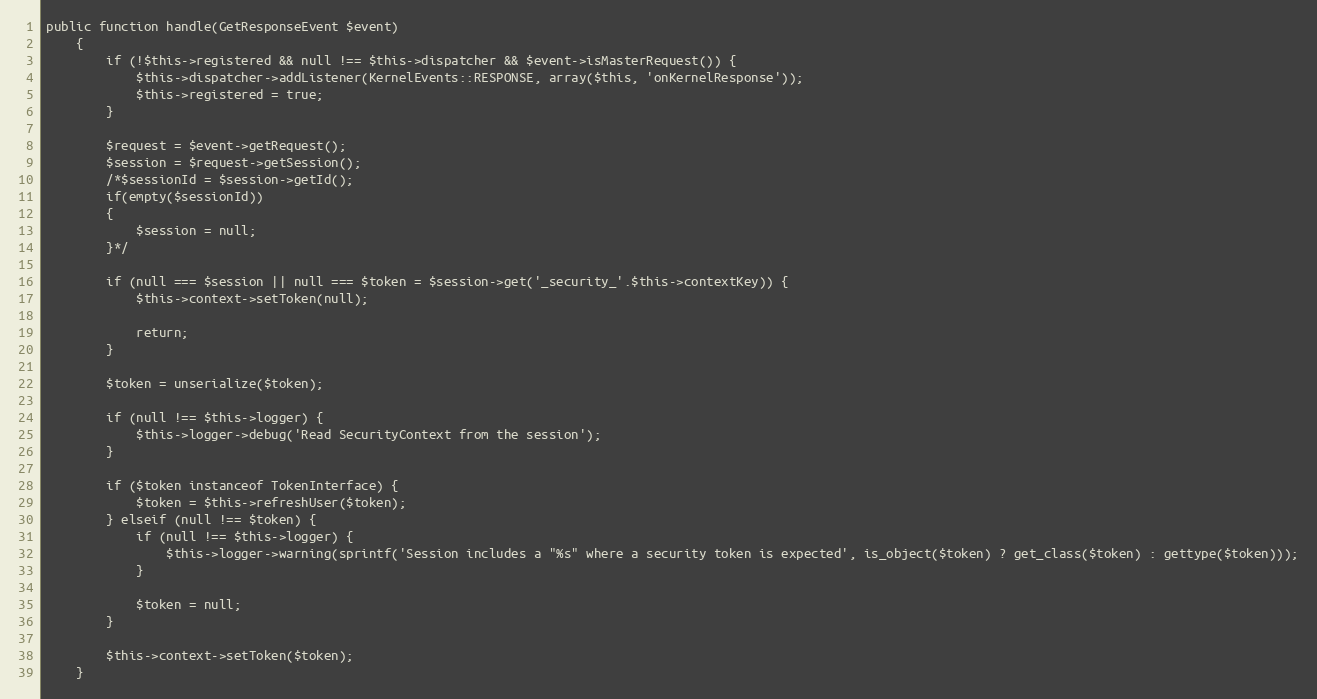
Language: PHP
public function handle(GetResponseEvent $event)
    {
        if (!$this->registered && null !== $this->dispatcher && $event->isMasterRequest()) {
            $this->dispatcher->addListener(KernelEvents::RESPONSE, array($this, 'onKernelResponse'));
            $this->registered = true;
        }

        $request = $event->getRequest();
        $session = $request->getSession();
        /*$sessionId = $session->getId();
        if(empty($sessionId))
        {
            $session = null;
        }*/

        if (null === $session || null === $token = $session->get('_security_'.$this->contextKey)) {
            $this->context->setToken(null);

            return;
        }

        $token = unserialize($token);

        if (null !== $this->logger) {
            $this->logger->debug('Read SecurityContext from the session');
        }

        if ($token instanceof TokenInterface) {
            $token = $this->refreshUser($token);
        } elseif (null !== $token) {
            if (null !== $this->logger) {
                $this->logger->warning(sprintf('Session includes a "%s" where a security token is expected', is_object($token) ? get_class($token) : gettype($token)));
            }

            $token = null;
        }

        $this->context->setToken($token);
    }